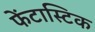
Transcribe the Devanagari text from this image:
फेंटास्टिक